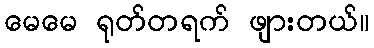
မေမေ ရုတ်တရက် ဖျားတယ်။